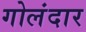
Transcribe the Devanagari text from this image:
गोलंदार